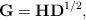
LaTeX: \begin{align*}{\bf{G}} = {\bf{H}}{{\bf{D}}^{{1 \mathord{\left/ {\vphantom {1 2}} \right. \kern-\nulldelimiterspace} 2}}},\end{align*}